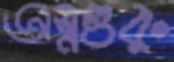
অস্ত্রগুরু